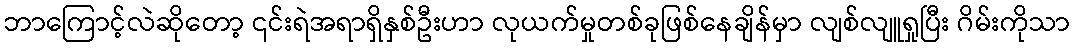
ဘာကြောင့်လဲဆိုတော့ ၎င်းရဲအရာရှိနှစ်ဦးဟာ လုယက်မှုတစ်ခုဖြစ်နေချိန်မှာ လျစ်လျူရှုပြီး ဂိမ်းကိုသာ